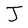
Character: J